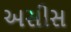
અસીસ